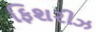
ફિશરીઝ